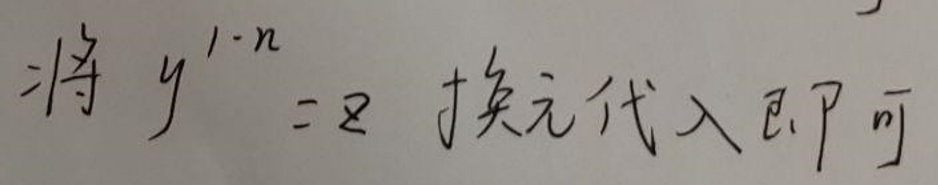
将 \(y^{1 - n}=z\) 换元代入即可